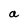
Character: a